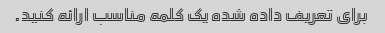
برای تعریف داده شده یک کلمه مناسب ارائه کنید.